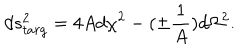
d s _ { t a r g } ^ { 2 } = 4 A d \chi ^ { 2 } - ( \pm { \frac { 1 } { A } } ) d \Omega ^ { 2 } .